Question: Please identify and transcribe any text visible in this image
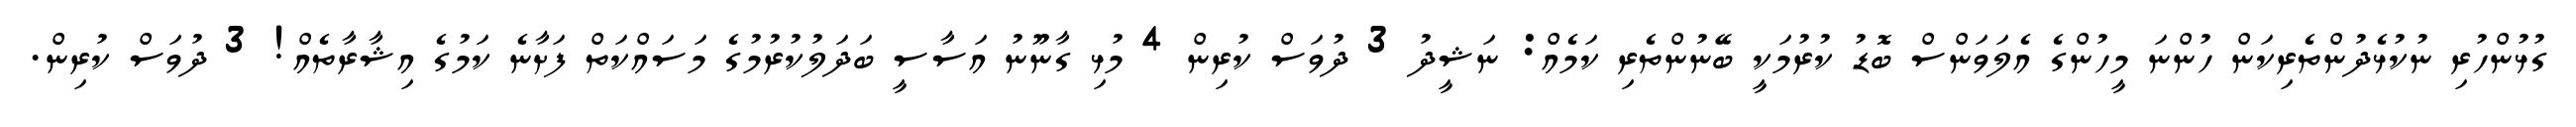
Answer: ގުޅުންހުރި ނުކުޅެދުންތެރިކަން ހުންނަ މީހުންގެ އެލަވަންސް ބޮޑު ކުރުމަކީ ބޭނުންތެރި ކަމެއް: ނަޝީދު 3 ދުވަސް ކުރިން 4 މުޅި ގާނޫނު އަސާސީ ބަދަލުކުރުމުގެ މަސައްކަތް ފަށާނެ ކަމުގެ އިޝާރާތެއް! 3 ދުވަސް ކުރިން.